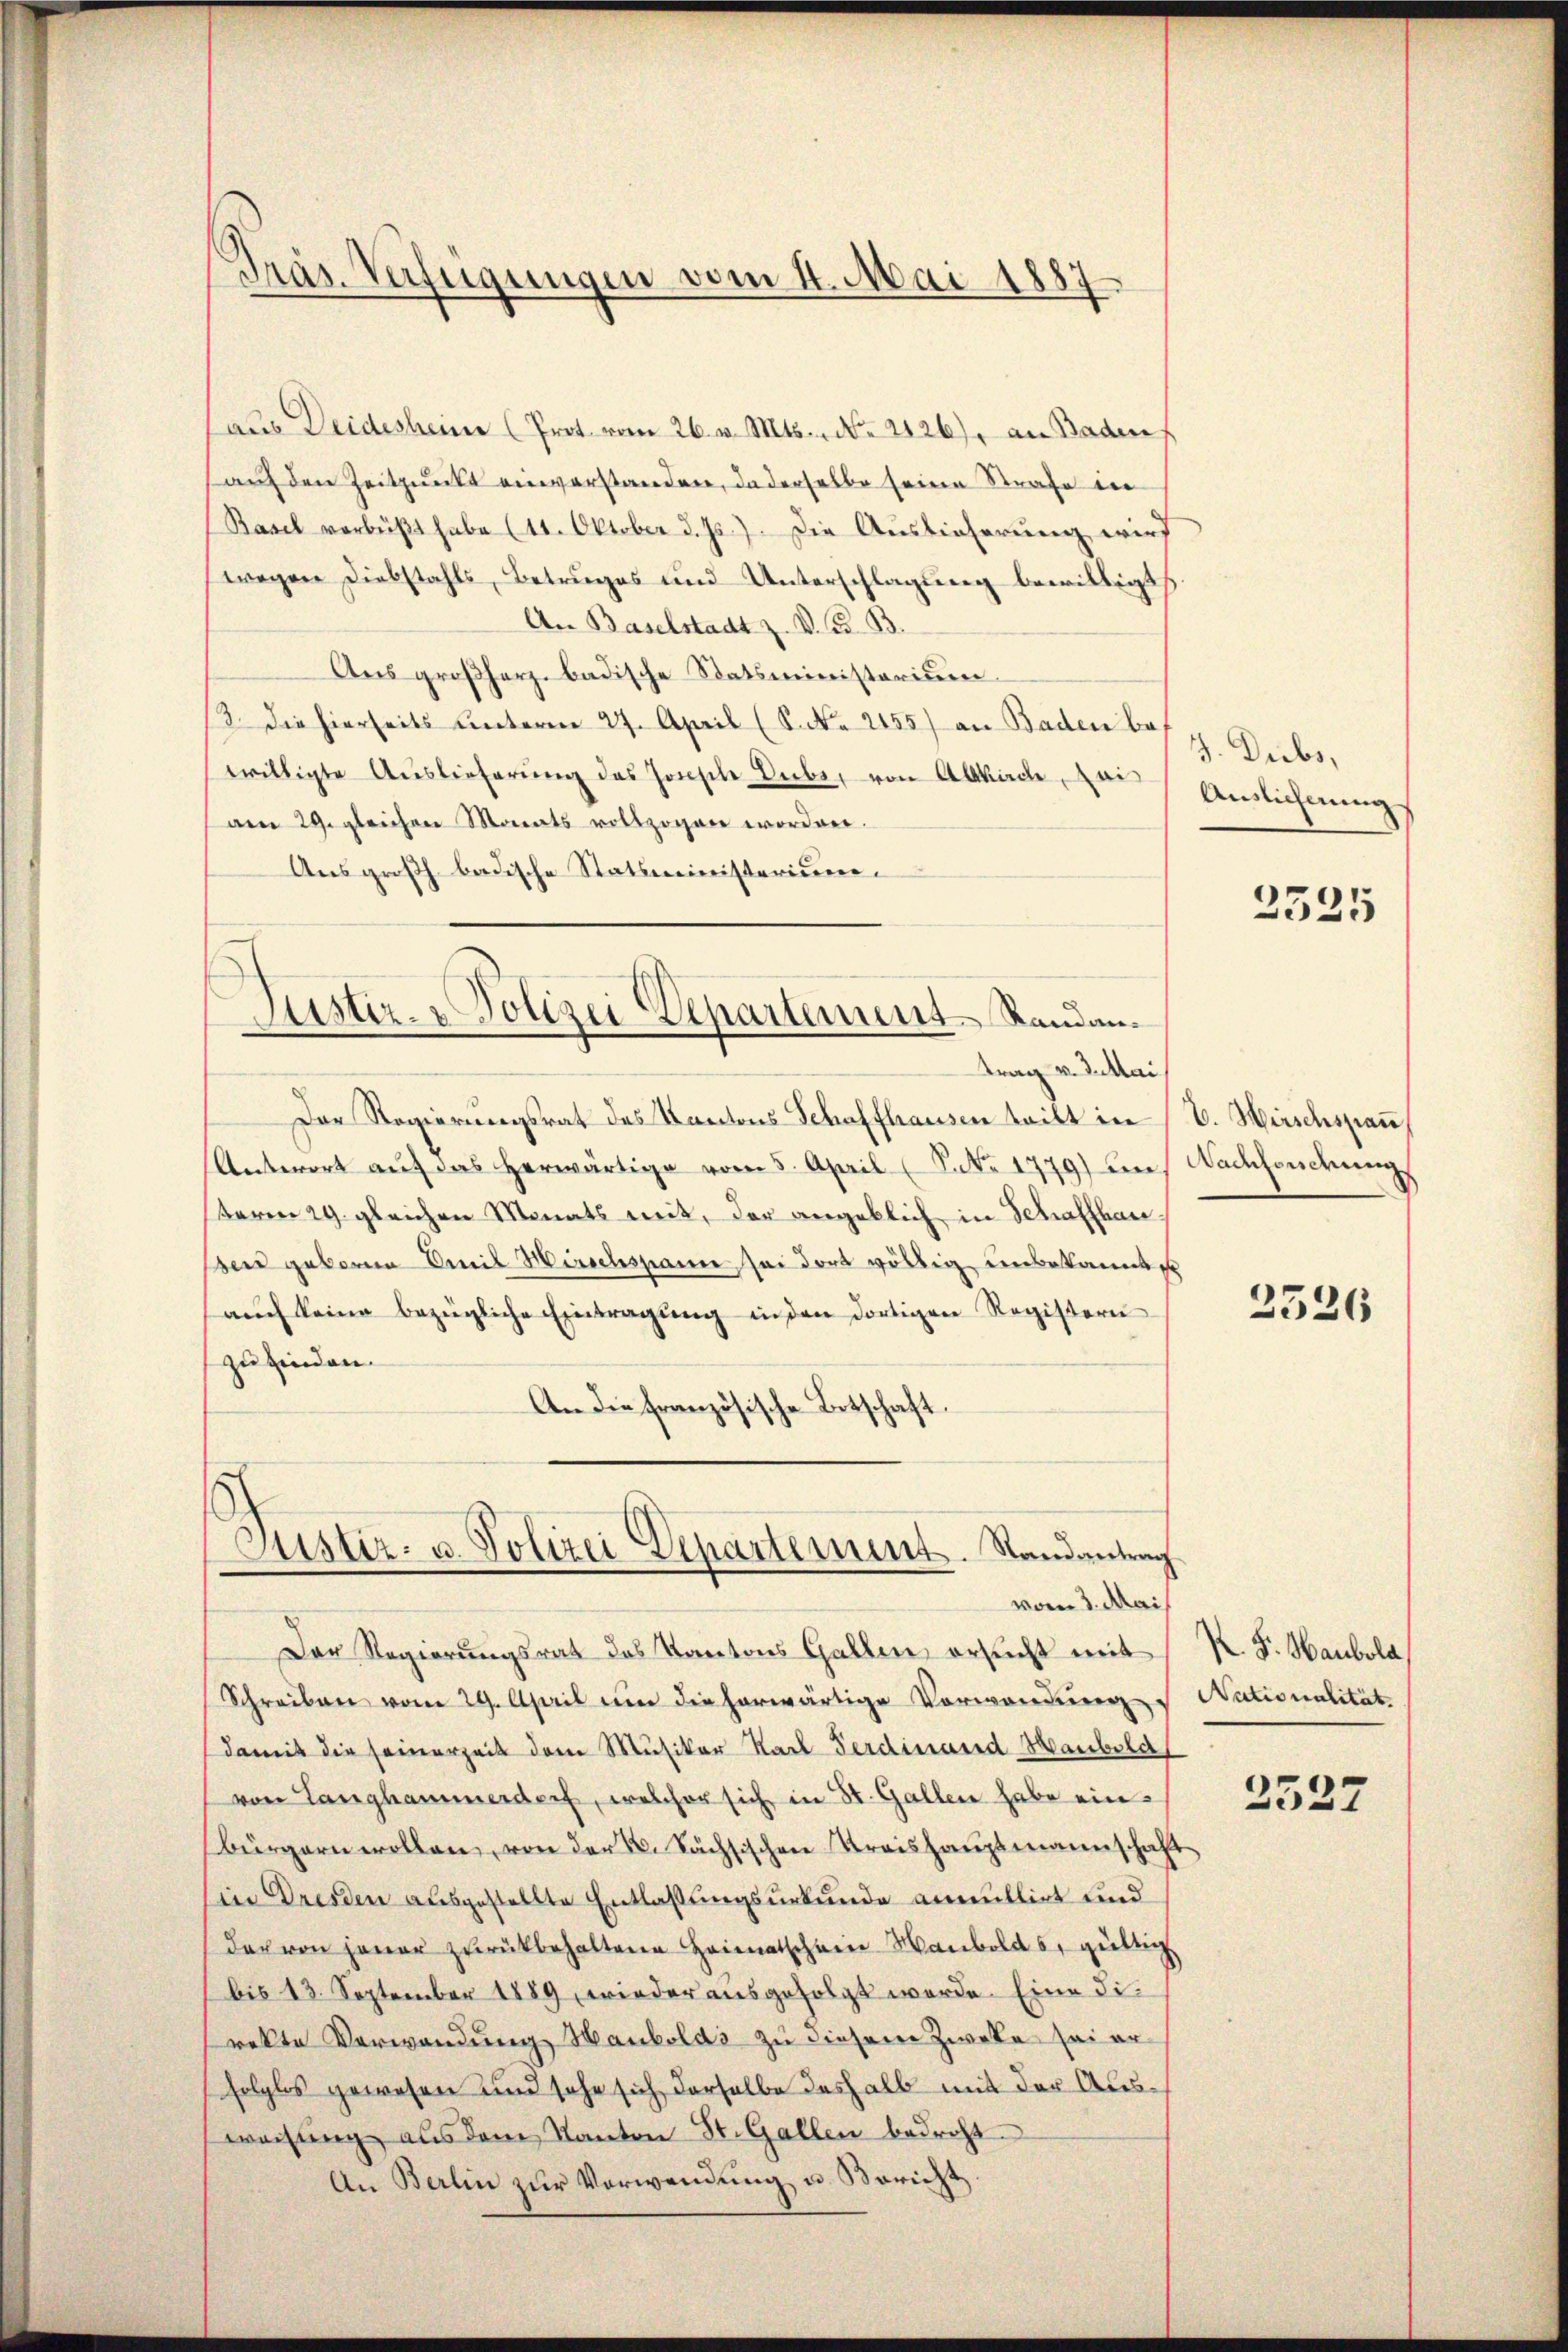
Präs. Verfügungen vom 4. Mai 1887.

aus Deidesheime (Prot. vom 26. v. Mts. No. 2126), an Badens
auf den Zeitpunkt einverstanden, da derselbe seine Strafe in
Basel verbüßt habe (11. Oktober d. Js.). Die Auslieferung wird
wegen Diebstahls, Betruges und Unterschlagung bewilligt
An Baselstadt z. V. B. B.
Aŭs großherz badische Statsministerium.
/3. die hierseits unterm 27. April (S. 2155) an Baden bewilligte Aŭslieferŭng des Horsche Dübe, von Altkirche, ai
am 29. gleichen Monats vollzogen worden.
Ausgroßh. badische Statsministerium.
Der Regierungsrat des Kantons Schaffhausen teilt in
Antwort aŭf das herwärtige vom 5. April (S. Nr. 1779) un
serm 19. gleichen Monats mit, der angeblich in Schaffhau
bend geboren Emil Hirschspanne sei dort völlig unbekannte
aŭch keine bezügliche Eintragŭng in den dortigen Registern
zu finden.
A. die französische Botschaft
Justiz- u. Polizei Departement. Randantrag
vom 3. Mai
Der Regierungsrat des Kantons Gallen, ersucht mit
Schreiben vom 29. April um die herwärtige Vorwondŭng
damit die seinerzeit dem Musiker Karl Ferdinand Hauboldt
von Langhammerdorf, welcher sich in St. Gallen habe ein
bürgern wollen, von der 2. Sächsischen Kreishauptmannschaft
in Dresden ausgestellte Entlaßungsurkunde annullirt und
dar von jener zŭrückbehaltene Heimatschein Manbolds, gültig
bis 13. September 1889 wieder ausgefolgt werde. Eine Direkte Verwandung Haubolds zu diesem Zweke sei erfolglos gewesen und sehe sich derselbe deshalb mit der Ausweisung aus dem Kanton St. Gallen bedroht.
An Berlin zur Verwendung u. Bericht

Justiz- & Polizei Departement Standantrag v. datai

J. Diebs,
Anslichnung

2335

V. Hirschspan
Nachsendung

2526

K. Fr. Haubola,
Nationalität.

2527